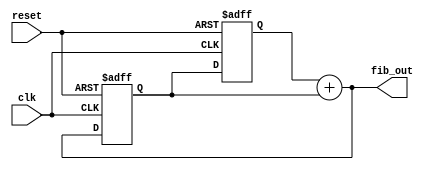
`timescale 1ns / 1ps
module fibonacci (
input clk,
input reset,
output [31:0] fib_out);

reg [31:0] num1, num2;

always@(posedge clk or negedge reset) 
begin
if(~reset) begin
num1 <= 0;
num2 <= 1;
end
else 
begin
num1 <= num2;
num2 <= fib_out;
end
end
assign fib_out= num1 + num2;
endmodule